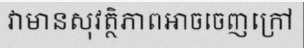
វាមានសុវត្ថិភាពអាចចេញក្រៅ